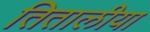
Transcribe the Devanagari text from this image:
तितालीया